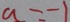
a = - 1